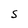
Character: S